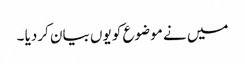
میں نے موضوع کو یوں بیان کردیا ۔